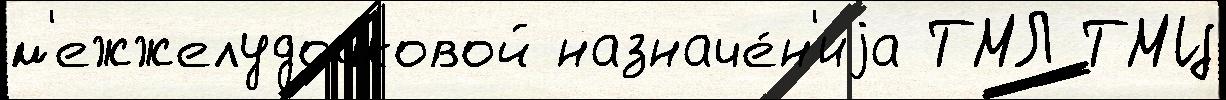
м'ежжелудочковой назначе́н'иjа ТМЛ ТМЦ